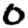
Digit: 0